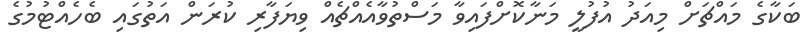
ބަކާގެ މައްޗަށް މިއަދު އުފުލީ މަނާކޮށްފައިވާ މަސްތުވާއެއްޗެއް ވިޔަފާރި ކުރަން އަތުގައި ބެހެއްޓުމުގެ